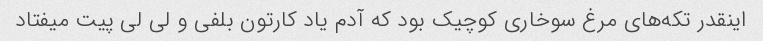
اینقدر تکه‌های مرغ سوخاری کوچیک بود که آدم یاد کارتون بلفی و لی لی پیت میفتاد